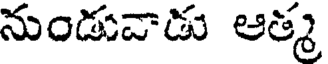
నుండువాడు ఆత్మ